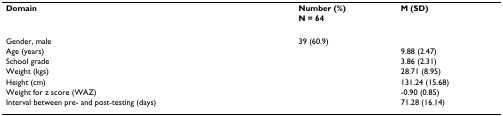
<table><thead><tr><td><b>Domain</b></td><td><b>Number (%)</b></td><td><b>M (SD)</b></td></tr><tr><td></td><td><b>N = 64</b></td><td></td></tr></thead><tbody><tr><td>Gender, male</td><td>39 (60.9)</td><td></td></tr><tr><td>Age (years)</td><td></td><td>9.88 (2.47)</td></tr><tr><td>School grade</td><td></td><td>3.86 (2.31)</td></tr><tr><td>Weight (kgs)</td><td></td><td>28.71 (8.95)</td></tr><tr><td>Height (cm)</td><td></td><td>131.24 (15.68)</td></tr><tr><td>Weight for z score (WAZ)</td><td></td><td>-0.90 (0.85)</td></tr><tr><td>Interval between pre- and post-testing (days)</td><td></td><td>71.28 (16.14)</td></tr></tbody></table>